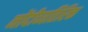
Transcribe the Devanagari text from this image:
नोंदीव्यतिरिक्त